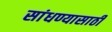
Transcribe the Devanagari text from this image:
सांधण्यासाठी